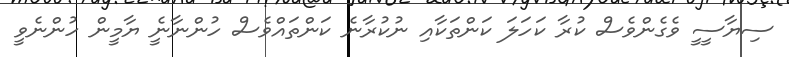
ސިޔާސީީ ވެގެންވެސް ކުރާ ކަހަލަ ކަންތަކާއި ނުކުރާނެ ކަންތައްވެސް ހުންނާނެީ ޔާމީން ހުންނެވީ